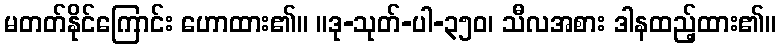
မတတ်နိုင်ကြောင်း ဟောထား၏။ ။ဒု-သုတ်-ပါ-၃၅၀၊ သီလအစား ဒါနထည့်ထား၏။